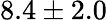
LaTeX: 8.4\pm 2.0